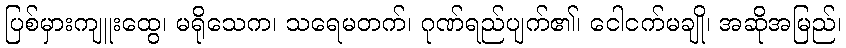
ပြစ်မှားကျူးထွေ၊ မရိုသေက၊ သရေမတက်၊ ဂုဏ်ရည်ပျက်၏၊ ငေါငက်မချို၊ အဆိုအမြည်၊